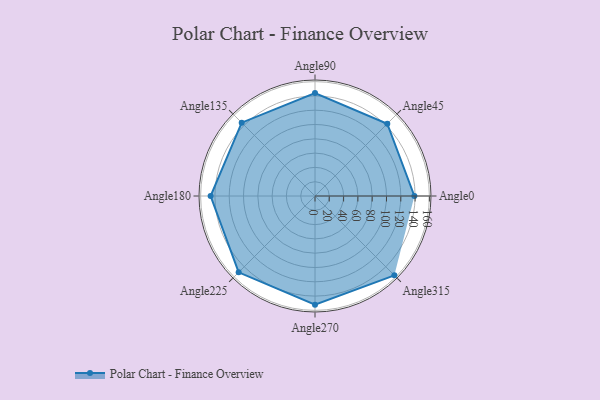
{"axis": {"x": "Angle", "y": "Radius"}, "legend": [""], "data": [{"x": "Angle0", "y": 139.0, "type": ""}, {"x": "Angle45", "y": 143.0, "type": ""}, {"x": "Angle90", "y": 144.0, "type": ""}, {"x": "Angle135", "y": 145.0, "type": ""}, {"x": "Angle180", "y": 146.0, "type": ""}, {"x": "Angle225", "y": 151.0, "type": ""}, {"x": "Angle270", "y": 152.0, "type": ""}, {"x": "Angle315", "y": 157.0, "type": ""}]}